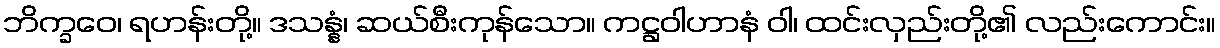
ဘိက္ခဝေ၊ ရဟန်းတို့။ ဒသန္နံ၊ ဆယ်စီးကုန်သော။ ကဋ္ဌဝါဟာနံ ဝါ၊ ထင်းလှည်းတို့၏ လည်းကောင်း။